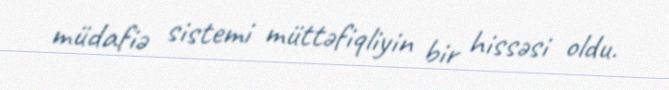
müdafiə sistemi müttəfiqliyin bir hissəsi oldu.